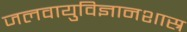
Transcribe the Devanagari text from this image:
जलवायुविज्ञानशास्र